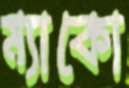
ম্যাকো